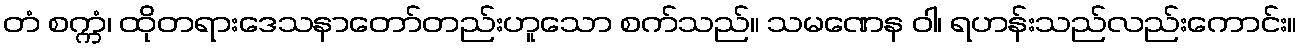
တံ စက္ကံ၊ ထိုတရားဒေသနာတော်တည်းဟူသော စက်သည်။ သမဏေန ဝါ၊ ရဟန်းသည်လည်းကောင်း။